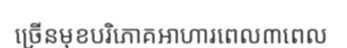
ច្រើនមុខបរិភោគអាហារពេល៣ពេល